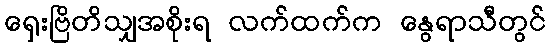
ရှေးဗြိတိသျှအစိုးရ လက်ထက်က နွေရာသီတွင်